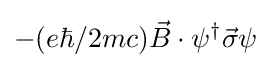
-(e\hbar /2mc){\vec {B}}\cdot \psi ^{\dagger }{\vec {\sigma }}\psi